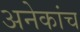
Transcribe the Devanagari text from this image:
अनेकांच